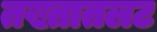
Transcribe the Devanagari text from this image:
तख्तातलट